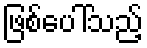
ဖြစ်ပေါ်သည့်